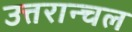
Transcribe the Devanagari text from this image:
उत्तरान्चल